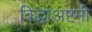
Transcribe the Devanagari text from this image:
विद्धाअष्टमी